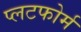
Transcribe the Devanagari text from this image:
प्लटफोर्म